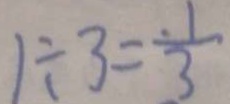
1 \div 3 = \frac { 1 } { 3 }